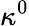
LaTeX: \kappa^{0}